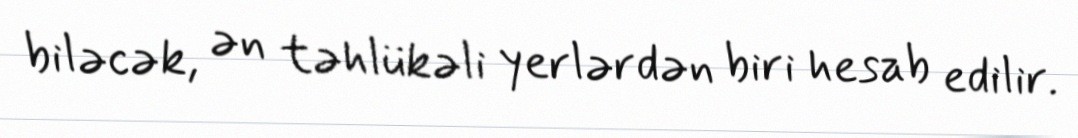
biləcək, ən təhlükəli yerlərdən biri hesab edilir.